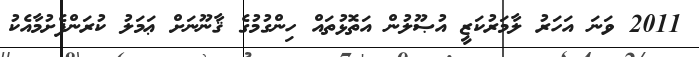
2011 ވަނަ އަހަރު ލާމަރުކަޒީ އުޞޫލުން އަތޮޅުތައް ހިންގުމުގެ ޤާނޫނަށް ޢަމަލު ކުރަންފެށުމާއެކު